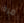
مرة